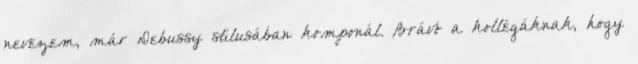
nevezem, már Debussy stílusában komponál. Brávó a kollégáknak, hogy